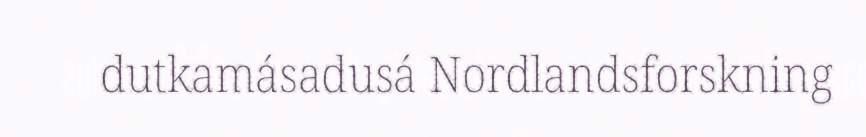
dutkamásadusá Nordlandsforskning